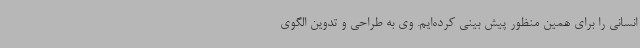
انسانی را برای همین منظور پیش بینی کرده‌ایم. وی به طراحی و تدوین الگوی